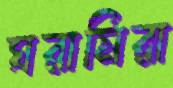
ঘরামিরা